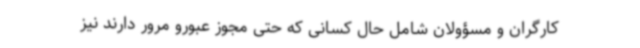
کارگران و مسؤولان شامل حال کسانی که حتی مجوز عبورو مرور دارند نیز